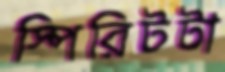
স্পিরিটটা